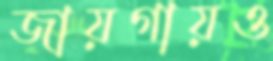
জায়গায়ও